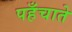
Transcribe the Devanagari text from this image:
पहँचाते